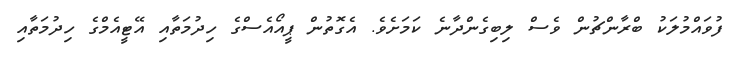
ފުވައްމުލަކު ބްރާންޗުން ވެސް ލިބިގެންދާނެ ކަމަށެވެ. އެގޮތުން ޕީއޯއެސްގެ ހިދުމަތާއި އޭޓީއެމްގެ ހިދުމަތާއި